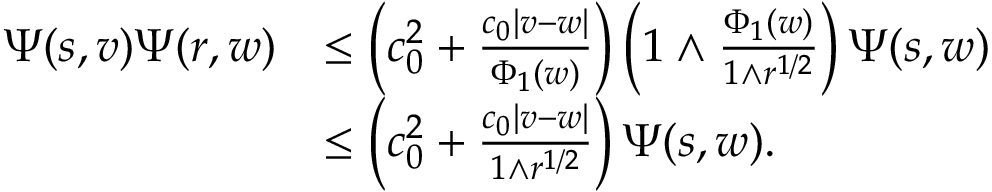
\begin{array} { r l } { \Psi ( s , v ) \Psi ( r , w ) } & { \le \left( c _ { 0 } ^ { 2 } + \frac { c _ { 0 } | v - w | } { \Phi _ { 1 } ( w ) } \right) \left( 1 \wedge \frac { \Phi _ { 1 } ( w ) } { 1 \wedge r ^ { 1 / 2 } } \right) \Psi ( s , w ) } \\ & { \le \left( c _ { 0 } ^ { 2 } + \frac { c _ { 0 } | v - w | } { 1 \wedge r ^ { 1 / 2 } } \right) \Psi ( s , w ) . } \end{array}